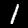
Digit: 1